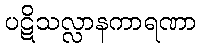
ပဋိသလ္လာနကာရဏာ